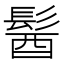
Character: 𩭓